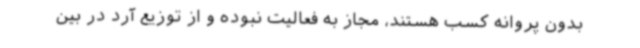
بدون پروانه کسب هستند، مجاز به فعالیت نبوده و از توزیع آرد در بین